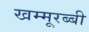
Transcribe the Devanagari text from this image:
खम्मूरब्बी